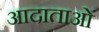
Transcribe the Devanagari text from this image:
आदाताओं